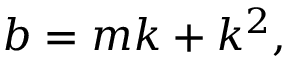
b = m k + k ^ { 2 } ,